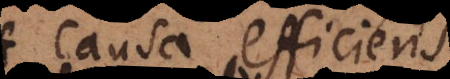
ausa efficiens;